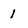
Character: 1